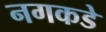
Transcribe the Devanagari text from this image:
नगकडे